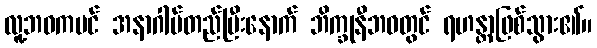
လူ့ဘဝကပင် အနာဂါမ်တည်ပြီးနောက် ဘိက္ခုနီဘဝတွင် ရဟန္တာဖြစ်သွား၏။